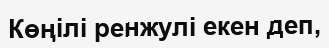
Көңілі ренжулі екен деп,